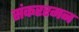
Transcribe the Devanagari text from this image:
संकररमन